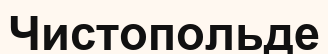
Чистопольде